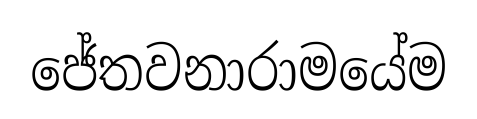
ජේතවනාරාමයේම